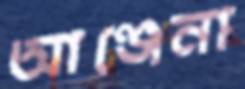
আঞ্জেনা